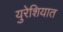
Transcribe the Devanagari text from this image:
युरेशियात